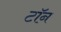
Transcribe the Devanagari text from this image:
टॉन